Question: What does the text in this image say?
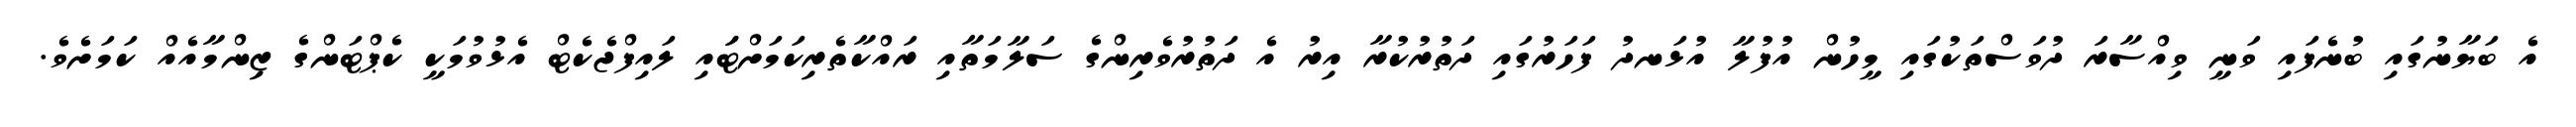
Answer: އެ ބަޔާނުގައި ބުނެފައި ވަނީ ވިއްސާރަ ދުވަސްތަކުގައި މީހުން އުފުލާ އުޅަނދު ފަހަރުގައި ދަތުރުކުރާ އިރު އެ ދަތުރުވެރިންގެ ސަލާމަތާއި ރައްކާތެރިކަމަށްޓަައި ލައިފްޖެކެޓް އެޅުވުމަކީ ކެޕްޓަންގެ ޒިންމާއެއް ކަމަށެވެ.